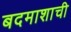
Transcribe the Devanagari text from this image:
बदमाशाची